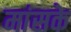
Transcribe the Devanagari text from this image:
मांसके